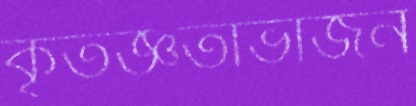
কৃতজ্ঞতাভাজন